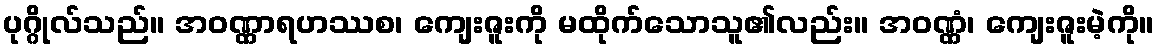
ပုဂ္ဂိုလ်သည်။ အဝဏ္ဏာရဟဿစ၊ ကျေးဇူးကို မထိုက်သောသူ၏လည်း။ အဝဏ္ဏံ၊ ကျေးဇူးမဲ့ကို။